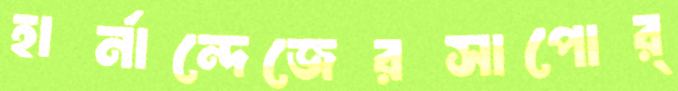
হার্নান্দেজেরসাপোর্